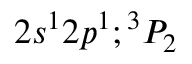
2 s ^ { 1 } 2 p ^ { 1 } ; { ^ 3 P _ { 2 } }